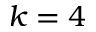
k = 4